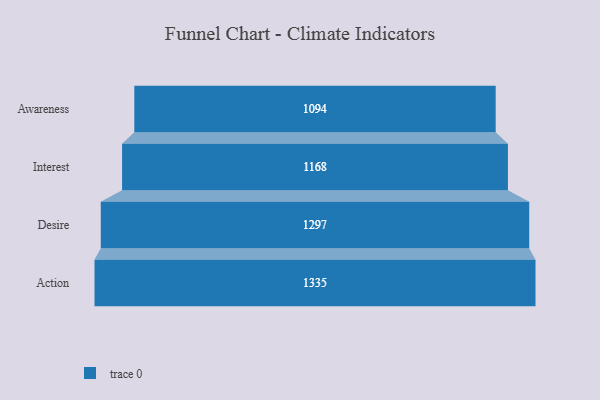
{"axis": {"x": "Stage", "y": "Value"}, "legend": [""], "data": [{"x": "Awareness", "y": 1094.0, "type": ""}, {"x": "Interest", "y": 1168.0, "type": ""}, {"x": "Desire", "y": 1297.0, "type": ""}, {"x": "Action", "y": 1335.0, "type": ""}]}